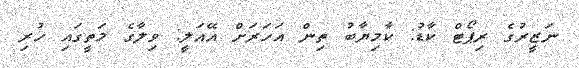
ނަޒީރުގެ ރިޕޯޓް ކާޑު: ކާމިޔާބު ތިން އަހަރަށް އޭއަލީ: ވިލާގެ މަތީގައި ހުރި